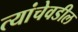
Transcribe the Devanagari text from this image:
त्यांचेवडील